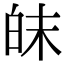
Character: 皌